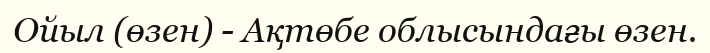
Ойыл (өзен) - Ақтөбе облысындағы өзен.